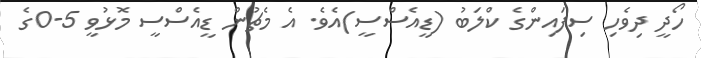
ހޯދީ ދިވެހި ސިފައިންގެ ކްލަބު (ޑީއެސްސީ)އެވެ. އެ މެޗުން ޑީއެސްސީ މޮޅުވީ 5-0ގެ